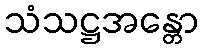
သံသဋ္ဌအန္တော